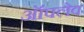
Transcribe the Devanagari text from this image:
ऑपलेव